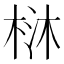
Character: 𣒑